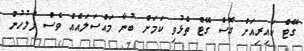
ގޭޓް ކައިރިއަށް ގޮސް ގޭޓް ތެޅުވި ކަމަށް ބުނާ މައްސަލައެއް ވެސް ފުލުހުން